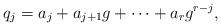
LaTeX: \begin{align*}q_j=a_j+a_{j+1}g+\cdots+a_rg^{r-j},\end{align*}